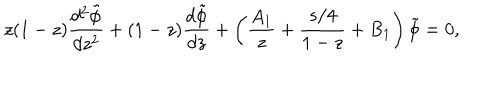
z ( 1 - z ) { \frac { d ^ { 2 } \tilde { \phi } } { d z ^ { 2 } } } + ( 1 - z ) { \frac { d \tilde { \phi } } { d z } } + \left( { \frac { A _ { 1 } } { z } } + { \frac { s / 4 } { 1 - z } } + B _ { 1 } \right) \tilde { \phi } = 0 ,